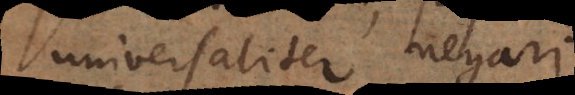
universaliter negari.